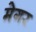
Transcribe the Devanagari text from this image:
मेगर